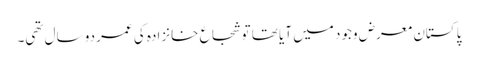
پاکستان معرض وجود میں آیا تھا تو شجاع خانزادہ کی عمر دو سال تھی۔